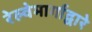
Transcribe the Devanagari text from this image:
रेल्वेमार्गाद्वारे